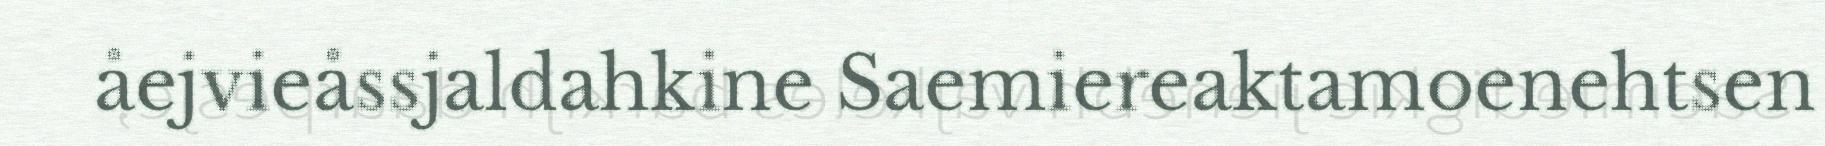
åejvieåssjaldahkine Saemiereaktamoenehtsen